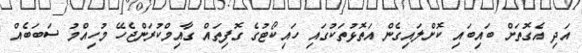
އަދި އެގޮތަށް ބައިބައި ކޮށްލައިގެން އަތޮޅުތަކުގައި ހައިކޯޓުގެ ގޮފިތައް ގާއިމްކުރަންޖެހޭ މުހިއްމު ސަބަބެއް